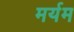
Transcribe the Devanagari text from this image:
मर्यम